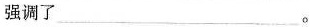
强调了 __。